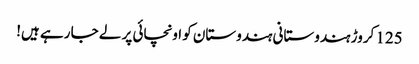
125 کروڑ ہندوستانی ہندوستان کو اونچائی پر لے جا رہے ہیں!